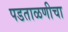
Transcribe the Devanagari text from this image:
पडताळणीचा